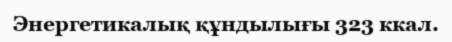
Энергетикалық құндылығы 323 ккал.